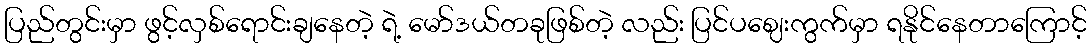
ပြည်တွင်းမှာ ဖွင့်လှစ်ရောင်းချနေတဲ့ ရဲ့ မော်ဒယ်တခုဖြစ်တဲ့ လည်း ပြင်ပဈေးကွက်မှာ ရနိုင်နေတာကြောင့်